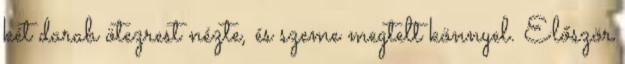
két darab ötezrest nézte, és szeme megtelt könnyel. Először